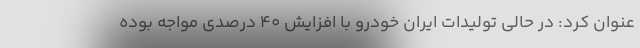
عنوان کرد: در حالی تولیدات ایران خودرو با افزایش 40 درصدی مواجه بوده